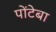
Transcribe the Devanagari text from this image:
पोंटेबा